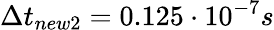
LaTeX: \Delta t_{new2}=0.125\cdot 10^{-7}s